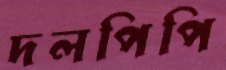
দলপিপি